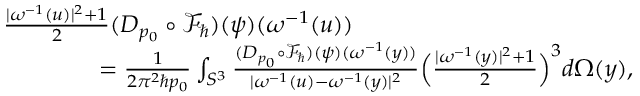
\begin{array} { r l } & { \frac { | \omega ^ { - 1 } ( u ) | ^ { 2 } + 1 } { 2 } ( D _ { p _ { 0 } } \circ \mathcal { F } _ { \hbar } ) ( \psi ) ( \omega ^ { - 1 } ( u ) ) } \\ & { \qquad \qquad = \frac { 1 } { 2 \pi ^ { 2 } \hbar p _ { 0 } } \int _ { S ^ { 3 } } \frac { ( D _ { p _ { 0 } } \circ \mathcal { F } _ { \hbar } ) ( \psi ) ( \omega ^ { - 1 } ( y ) ) } { | \omega ^ { - 1 } ( u ) - \omega ^ { - 1 } ( y ) | ^ { 2 } } \Big ( \frac { | \omega ^ { - 1 } ( y ) | ^ { 2 } + 1 } { 2 } \Big ) ^ { 3 } d \Omega ( y ) , } \end{array}